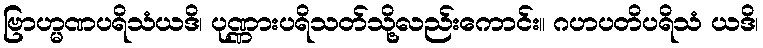
ဗြာဟ္မဏပရိသံယဒိ၊ ပုဏ္ဏားပရိသတ်သို့လည်းကောင်း။ ဂဟပတိပရိသံ ယဒိ၊